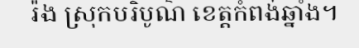
រ៉ង ស្រុកបរិបូណ៌ ខេត្តកំពង់ឆ្នាំង។